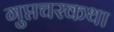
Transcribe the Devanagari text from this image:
गुप्तचरकथा